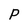
Character: P